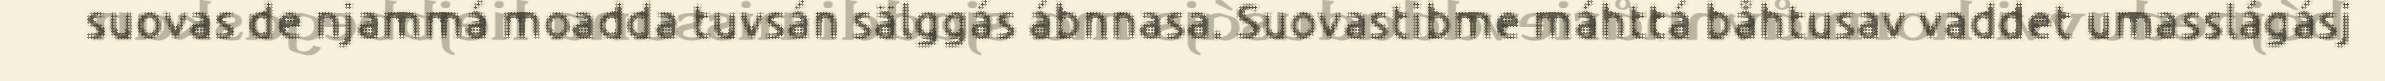
suovas de njammá moadda tuvsán sälggás ábnnasa. Suovastibme máhttá båhtusav vaddet umasslágásj